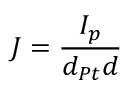
J = \frac { I _ { p } } { d _ { P t } d }